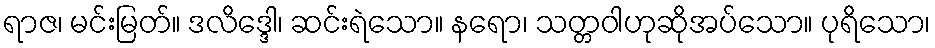
ရာဇ၊ မင်းမြတ်။ ဒလိဒ္ဒေါ၊ ဆင်းရဲသော။ နရော၊ သတ္တဝါဟုဆိုအပ်သော။ ပုရိသော၊